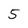
Character: 5